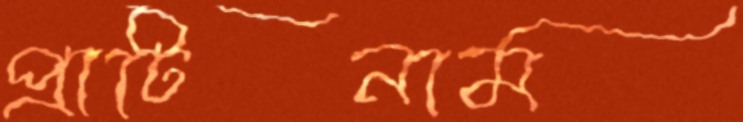
প্রাটিনাম